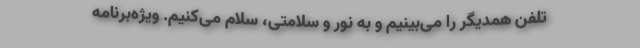
تلفن همدیگر را می‌بینیم و به نور و سلامتی، سلام می‌کنیم. ویژه‌برنامه